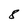
Character: 8